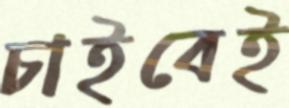
চাইবেই